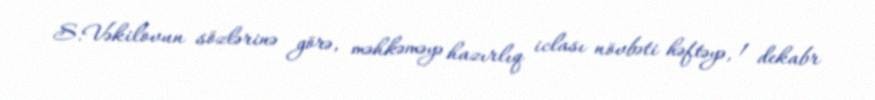
S.Vəkilovun sözlərinə görə, məhkəməyə hazırlıq iclası növbəti həftəyə, 1 dekabr